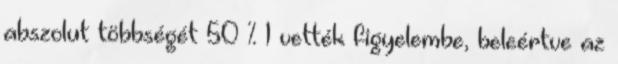
abszolut többségét 50 % 1 vették figyelembe, beleértve az